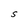
Character: S